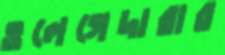
ওলেগেদারার